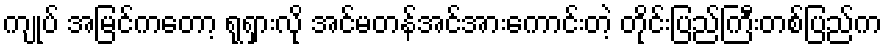
ကျုပ် အမြင်ကတော့ ရုရှားလို အင်မတန်အင်အားကောင်းတဲ့ တိုင်းပြည်ကြီးတစ်ပြည်က